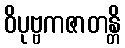
ဝိပုဗ္ဗကဇာတန္တိ